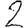
Digit: 2